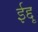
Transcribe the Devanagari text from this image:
ईद्दू